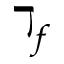
\daleth _ { f }